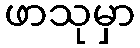
ဖာသုမှာ